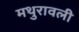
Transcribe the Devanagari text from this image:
मथुरावली